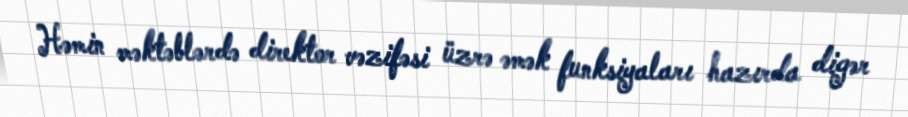
Həmin məktəblərdə direktor vəzifəsi üzrə əmək funksiyaları hazırda digər